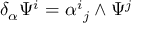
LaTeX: \delta _ { \alpha } \Psi ^ { i } = \alpha _ { \ j } ^ { i } \wedge \Psi ^ { j }